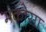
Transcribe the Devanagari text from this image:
मकोसा